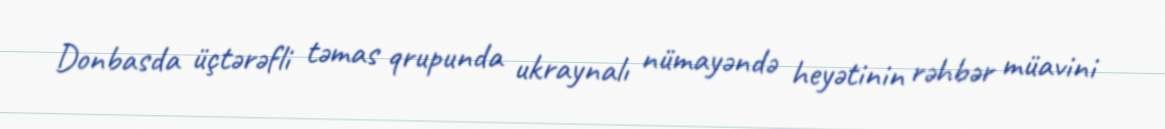
Donbasda üçtərəfli təmas qrupunda ukraynalı nümayəndə heyətinin rəhbər müavini